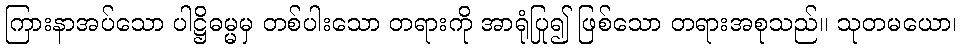
ကြားနာအပ်သော ပါဋ္ဌိဓမ္မမှ တစ်ပါးသော တရားကို အာရုံပြု၍ ဖြစ်သော တရားအစုသည်။ သုတမယော၊